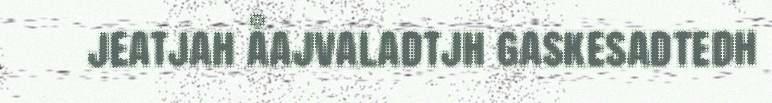
jeatjah åajvaladtjh gaskesadtedh